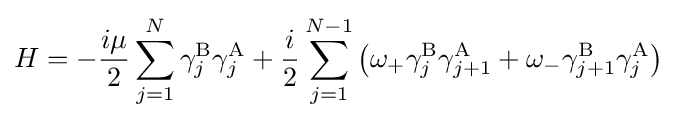
H=-{\frac {i\mu }{2}}\sum _{j=1}^{N}\gamma _{j}^{\rm {B}}\gamma _{j}^{\rm {A}}+{\frac {i}{2}}\sum _{j=1}^{N-1}\left(\omega _{+}\gamma _{j}^{\rm {B}}\gamma _{j+1}^{\rm {A}}+\omega _{-}\gamma _{j+1}^{\rm {B}}\gamma _{j}^{\rm {A}}\right)